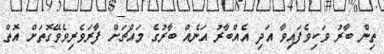
ތިން ބާރު ވަކިވެފައިވާ އަދި އެއްބާރު އަނެއް ބާރުގެ މައްޗަށް ފާރަވެރިވެވޭގޮތަށް އޮތް